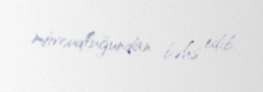
mövcudluğundan bəhs edib.